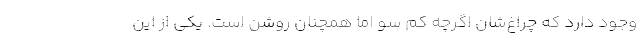
وجود دارد که چراغ‌شان اگرچه کم سو اما همچنان روشن است. یکی از این